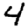
Digit: 4